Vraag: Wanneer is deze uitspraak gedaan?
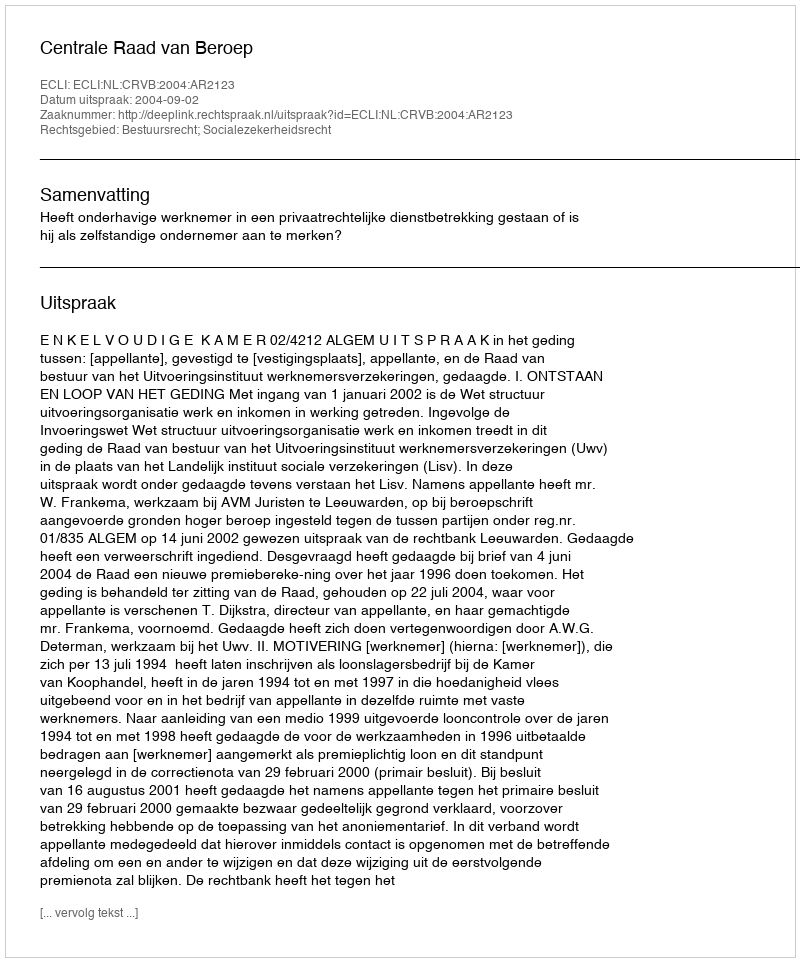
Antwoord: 2004-09-02